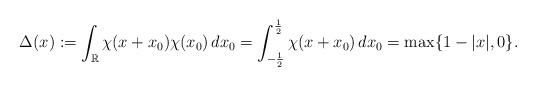
LaTeX: \begin{align*}\Delta(x):=\int_\mathbb{R}\chi(x+x_0)\chi(x_0)\,dx_0=\int_{-\frac{1}{2}}^\frac{1}{2}\chi(x+x_0)\,dx_0=\max\{1-|x|,0\}.\end{align*}